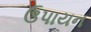
ઉપાયન